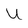
Character: U